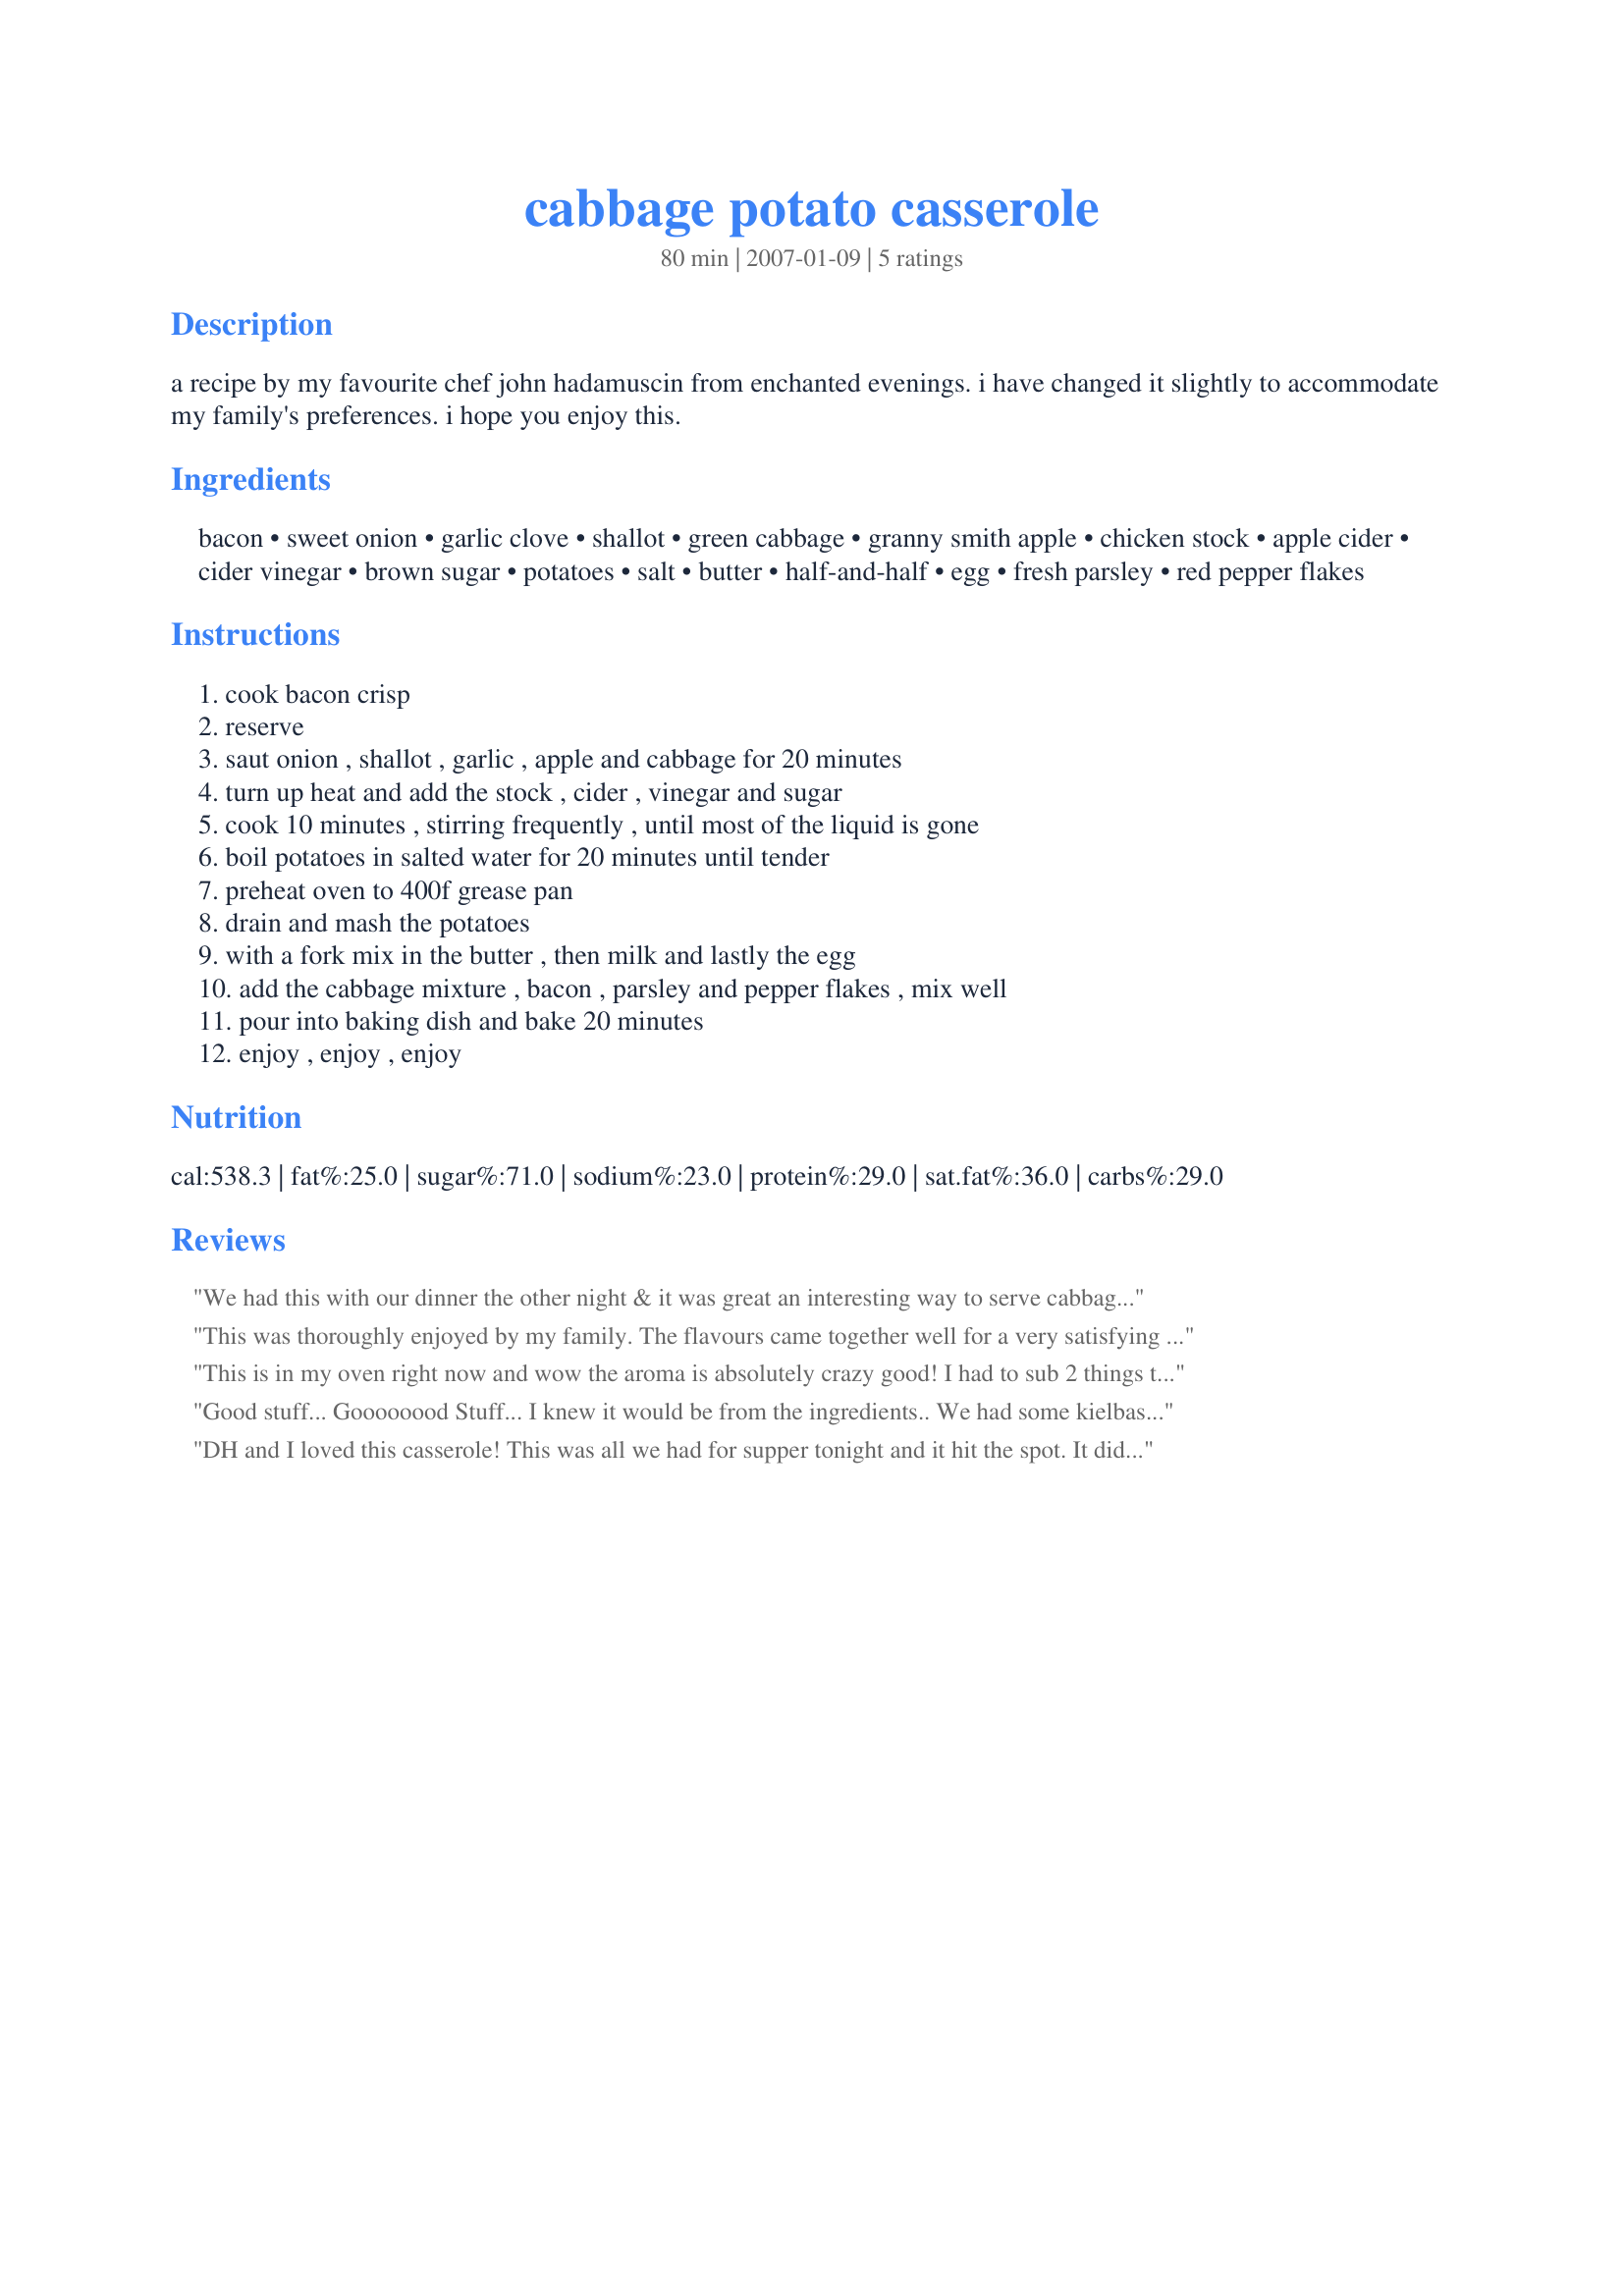
cabbage potato casserole
Preparation time: 80 minutes

a recipe by my favourite chef john hadamuscin from enchanted evenings. i have changed it slightly to accommodate my family's preferences. i hope you enjoy this.

Ingredients:
bacon, sweet onion, garlic clove, shallot, green cabbage, granny smith apple, chicken stock, apple cider, cider vinegar, brown sugar, potatoes, salt, butter, half-and-half, egg, fresh parsley, red pepper flakes

Steps:
cook bacon crisp, reserve, saut onion , shallot , garlic , apple and cabbage for 20 minutes, turn up heat and add the stock , cider , vinegar and sugar, cook 10 minutes , stirring frequently , until most of the liquid is gone, boil potatoes in salted water for 20 minutes until tender, preheat oven to 400f grease pan, drain and mash the potatoes, with a fork mix in the butter , then milk and lastly the egg, add the cabbage mixture , bacon , parsley and pepper flakes , mix well, pour into baking dish and bake 20 minutes, enjoy , enjoy , enjoy

Reviews:
We had this with our dinner the other night & it was great an interesting way to serve cabbage. It did take a lot of preparation though so not something that I would probably make regularly but nice occasionally.
This was thoroughly enjoyed by my family. The flavours came together well for a very satisfying meal.
This is in my oven right now and wow the aroma is absolutely crazy good! I had to sub 2 things though and crossing my fingers it will be just as or maybe better ! I ended up with a pear instead of an apple &amp; white wine for the apple cider. Thank you for this recipe! It&#039;s down to being creative in the kitchen right now because we are on a tight budget and this fit right in with what I had on hand!
Good stuff... Goooooood Stuff... I knew it would be from the ingredients.. We had some kielbasa with it and it hit the spot. Tomorrow gonna make fried patties with the leftovers.. can't wait... mmmmmmmmm
DH and I loved this casserole! This was all we had for supper tonight and it hit the spot. It did take a bit of effort, but it was not difficult by any means. We enjoyed the little sweetness that the brown sugar added and the heat of the red pepper. All in all, it was a great cold weather day meal. I am glad to have leftovers for tomorrow, which will be a cold, rainy day! Thanks Baby Kato!
